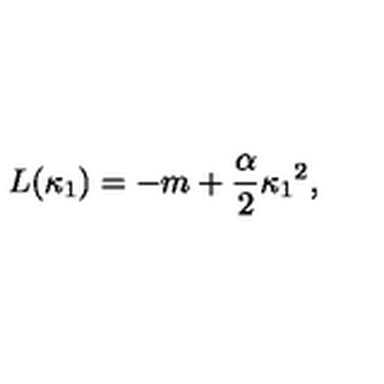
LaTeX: L ( \kappa _ { 1 } ) = - m + { \frac { \alpha } { 2 } } \kappa _ { 1 } { } ^ { 2 } ,